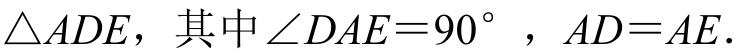
\(\triangle ADE\)，其中\(\angle DAE = 90^{\circ}\)，\(AD = AE\).